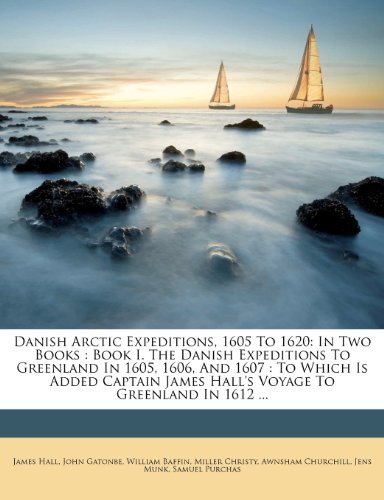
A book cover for Danish Arctic Expeditions, 1605 to 1620: In Two Books: Book I. the Danish Expeditions to Greenland in 1605, 1606, and 1607: To Which Is Added Captain; James Hall; History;